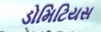
ડોમિટિયસ